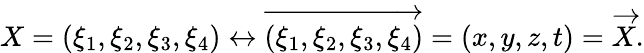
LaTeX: X=(\xi_{1},\xi_{2},\xi_{3},\xi_{4})\leftrightarrow{\overrightarrow{(\xi_{1},\xi_{2},\xi_{3},\xi_{4})}}=(x,y,z,t)={\overrightarrow{X}}.